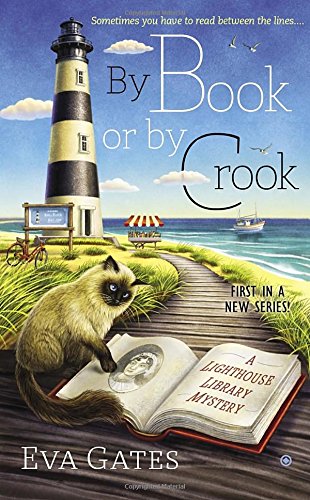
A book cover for By Book or By Crook: A Lighthouse Library Mystery; Eva Gates; Mystery, Thriller & Suspense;